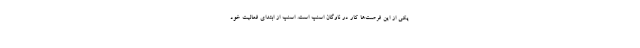
یکی از این فرصت‌ها کار در ناوگان اسنپ است. اسنپ از ابتدای فعالیت خود